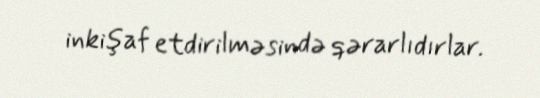
inkişaf etdirilməsində qərarlıdırlar.